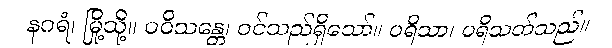
နဂရံ၊ မြို့သို့။ ပဝိသန္တေ၊ ဝင်သည်ရှိသော်။ ပရိသာ၊ ပရိသတ်သည်။